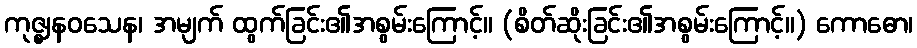
ကုဇ္ဈနဝသေန၊ အမျက် ထွက်ခြင်း၏အစွမ်းကြောင့်။ (စိတ်ဆိုးခြင်း၏အစွမ်းကြောင့်။) ကောဓော၊